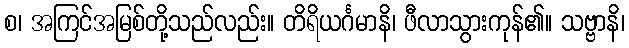
စ၊ အကြင်အမြစ်တို့သည်လည်း။ တိရိယင်္ဂမာနိ၊ ဖီလာသွားကုန်၏။ သဗ္ဗာနိ၊